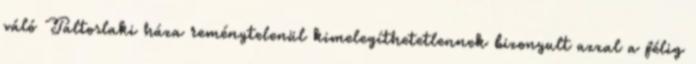
váló Táltoslaki háza reménytelenül kimelegíthetetlennek bizonyult azzal a félig